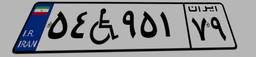
۸۸W۵۲۶۸۷